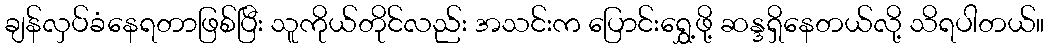
ချန်လှပ်ခံနေရတာဖြစ်ပြီး သူကိုယ်တိုင်လည်း အသင်းက ပြောင်းရွှေ့ဖို့ ဆန္ဒရှိနေတယ်လို့ သိရပါတယ်။